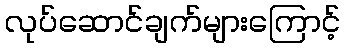
လုပ်ဆောင်ချက်များကြောင့်